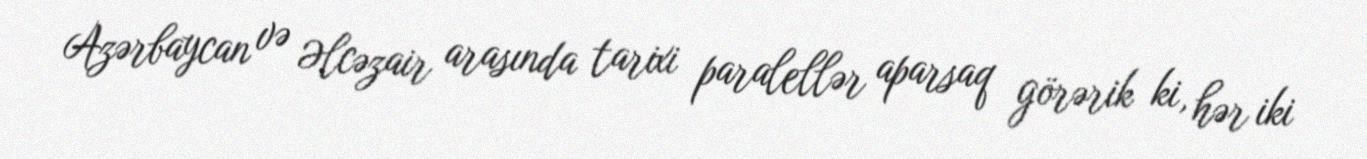
Azərbaycan və Əlcəzair arasında tarixi paralellər aparsaq görərik ki, hər iki